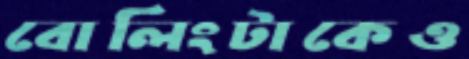
বোলিংটাকেও